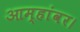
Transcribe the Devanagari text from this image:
आम्हांवर।